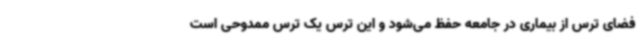
فضای ترس از بیماری در جامعه حفظ می‌شود و این ترس یک ترس ممدوحی است